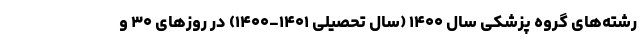
رشته‌های گروه پزشکی سال ۱۴۰۰ (سال تحصیلی ۱۴۰۱-۱۴۰۰) در روزهای ۳۰ و